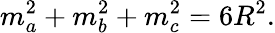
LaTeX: \displaystyle m_{a}^{2}+m_{b}^{2}+m_{c}^{2}=6R^{2}.